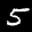
Label: 5